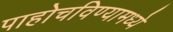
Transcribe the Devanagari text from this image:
पाहोचविण्यामध्ये